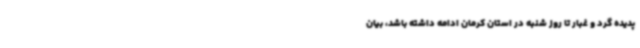
پدیده گرد و غبار تا روز شنبه در استان کرمان ادامه داشته باشد، بیان